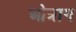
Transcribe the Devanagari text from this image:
ओत्राग